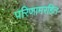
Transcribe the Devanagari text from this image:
परिणामरहित